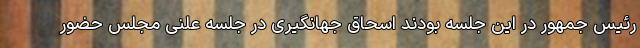
رئیس جمهور در این جلسه بودند اسحاق جهانگیری در جلسه علنی مجلس حضور